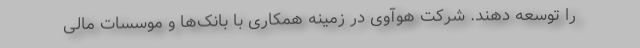
را توسعه دهند. شرکت هوآوی در زمینه همکاری با بانک‌ها و موسسات مالی